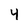
Character: 4